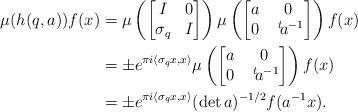
LaTeX: \begin{align*}\mu(h(q,a))f(x)&=\mu\left(\bmatrix I&0\\ \sigma_q&I\endbmatrix\right)\mu\left(\bmatrix a&0\\0&\;^t\!a^{-1}\endbmatrix\right) f(x) \\ &=\pm e^{\pi i\langle\sigma_q x,x\rangle}\mu\left(\bmatrix a&0\\0&\;^t\!a^{-1}\endbmatrix\right) f(x)\\ &=\pm e^{\pi i\langle\sigma_q x,x\rangle}(\det a)^{-1/2}f(a^{-1}x).\end{align*}